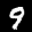
Label: 9